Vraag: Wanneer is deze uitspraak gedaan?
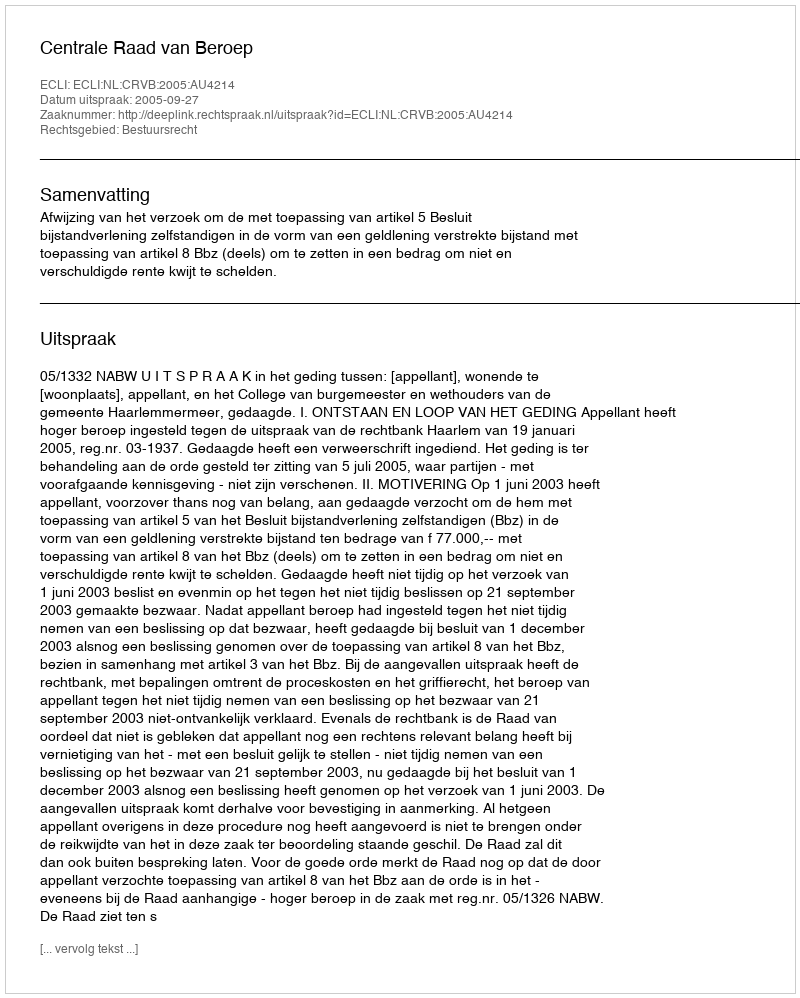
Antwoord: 2005-09-27